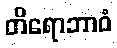
တိရောဘာဝံ